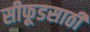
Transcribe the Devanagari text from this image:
सीफूडसाठी